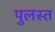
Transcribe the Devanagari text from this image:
पुलस्त